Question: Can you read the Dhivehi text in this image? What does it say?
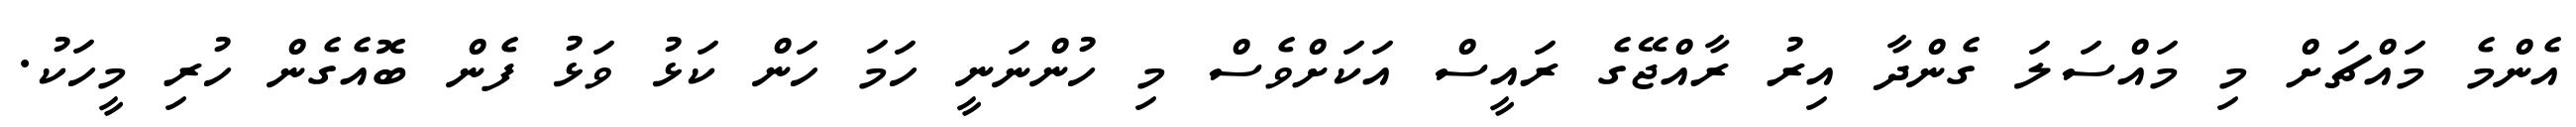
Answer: އެންމެ މައްޗަށް މި މައްސަލަ ގެންދާ އިރު ރާއްޖޭގެ ރައީސް އަކަށްވެސް މި ހުންނަނީ ހަމަ ހަން ކަޅު ވަޅު ފެން ބޮއެގެން ހުރި މީހަކު.